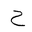
Letter: _ha